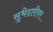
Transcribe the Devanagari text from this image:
सुभेदारीवर